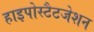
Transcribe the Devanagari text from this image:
हाइपोस्टैटजेशन